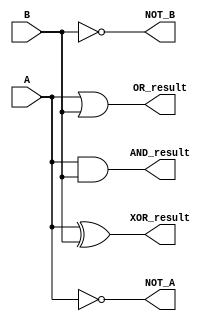
// Code your design here
module bitwise_operators(
    input [3:0] A,
    input [3:0] B,
    output [3:0] AND_result,
    output [3:0] OR_result,
    output [3:0] XOR_result,
    output [3:0] NOT_A,
    output [3:0] NOT_B
);

    assign AND_result = A & B;
    assign OR_result = A | B;
    assign XOR_result = A ^ B;
    assign NOT_A = ~A;
    assign NOT_B = ~B;

endmodule